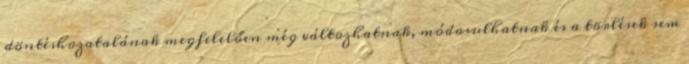
döntéshozatalának megfelelően még változhatnak, módosulhatnak és a törlések sem